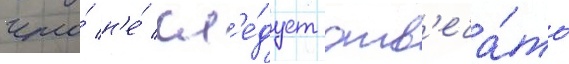
что́ н'е́ сл'е́дует отв'еча́ть